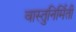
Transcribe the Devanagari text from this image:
वास्तुनिर्मिती